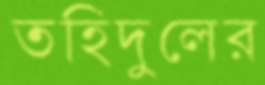
তহিদুলের